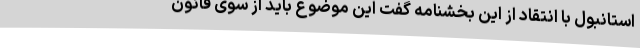
استانبول با انتقاد از این بخشنامه گفت این موضوع باید از سوی قانون